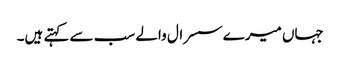
جہاں میرے سسرال والے سب سے کہتے ہیں۔